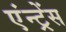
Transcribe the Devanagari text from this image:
एंन्ट्रेंस